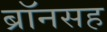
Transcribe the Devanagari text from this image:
ब्रॉनसह